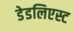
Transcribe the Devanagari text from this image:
डेडलिएस्ट